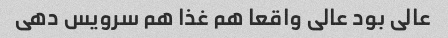
عالی بود عالی واقعا هم غذا هم سرویس دهی